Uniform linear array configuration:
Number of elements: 8
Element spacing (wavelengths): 0.25
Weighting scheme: kaiser
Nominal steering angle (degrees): -45
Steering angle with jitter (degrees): -44.694
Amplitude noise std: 0.05
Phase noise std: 0.05

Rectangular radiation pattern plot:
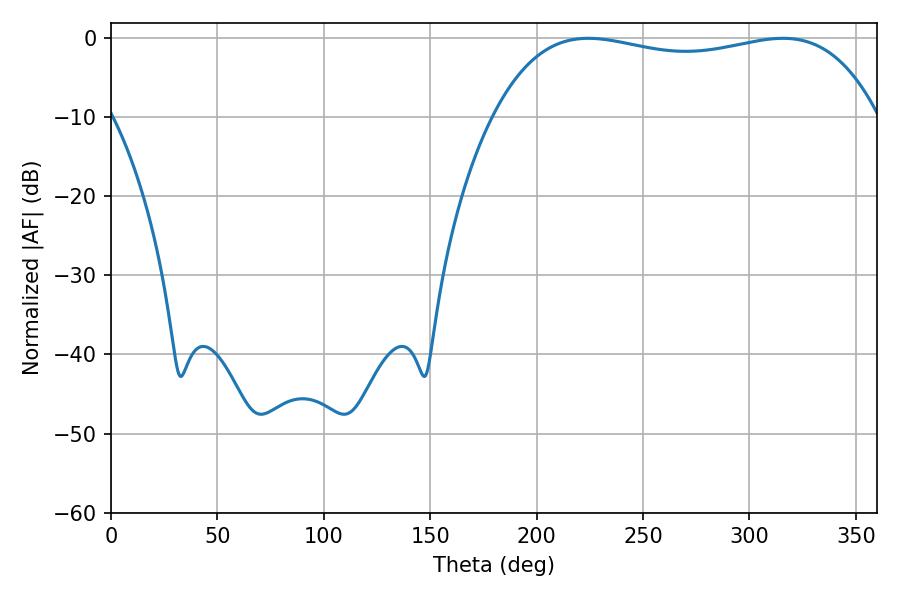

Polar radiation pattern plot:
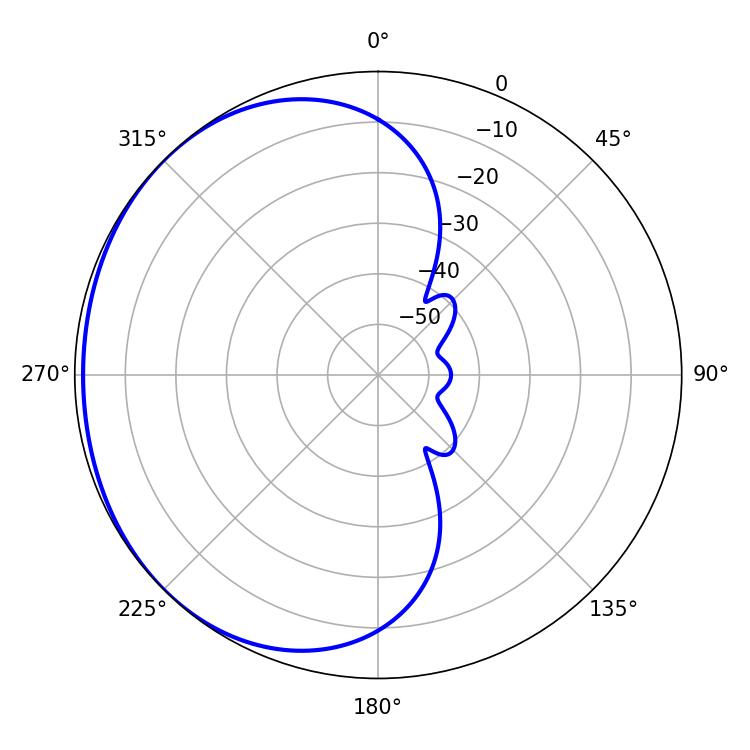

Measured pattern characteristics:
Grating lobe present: FALSE
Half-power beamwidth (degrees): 145.8
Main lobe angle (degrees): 224.28